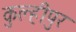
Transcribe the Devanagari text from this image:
कुल्हीपुर